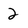
Character: 2